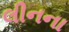
લીનના